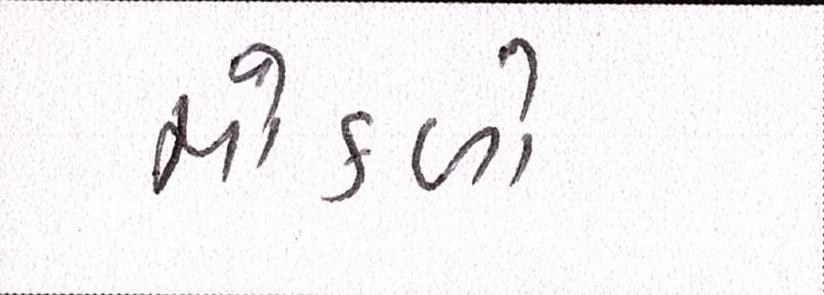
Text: મોકળો